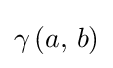
{\textstyle \gamma \left(a,\,b\right)}